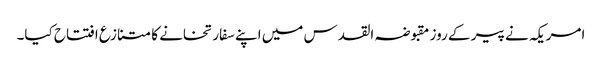
امریکہ نے پیر کے روز مقبوضہ القدس میں اپنے سفارتخانے کا متنازع افتتاح کیا۔